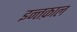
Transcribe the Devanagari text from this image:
इन्तक़ाल